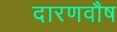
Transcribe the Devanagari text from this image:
दारणवौष